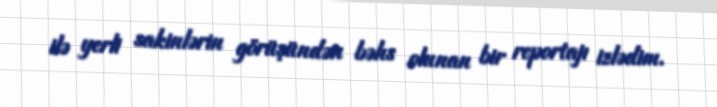
ilə yerli sakinlərin görüşündən bəhs olunan bir reportajı izlədim.